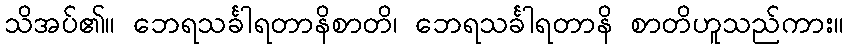
သိအပ်၏။ ဘေရသင်္ခါရတာနိစာတိ၊ ဘေရသင်္ခါရတာနိ စာတိဟူသည်ကား။